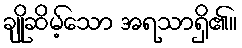
ချိုဆိမ့်သော အရသာရှိ၏။